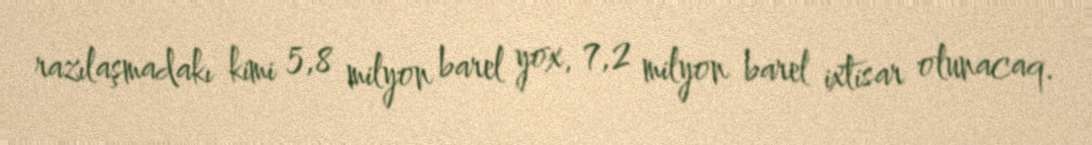
razılaşmadakı kimi 5,8 milyon barel yox, 7,2 milyon barel ixtisar olunacaq.